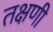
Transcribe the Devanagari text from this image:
तक्षणी